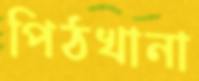
পিঠখানা